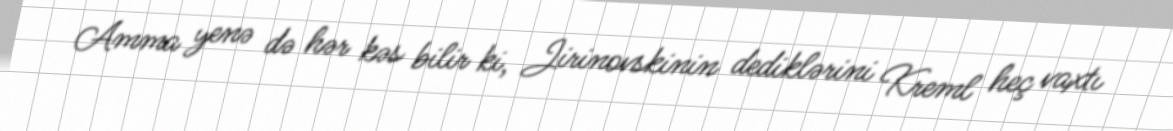
Amma yenə də hər kəs bilir ki, Jirinovskinin dediklərini Kreml heç vaxtı